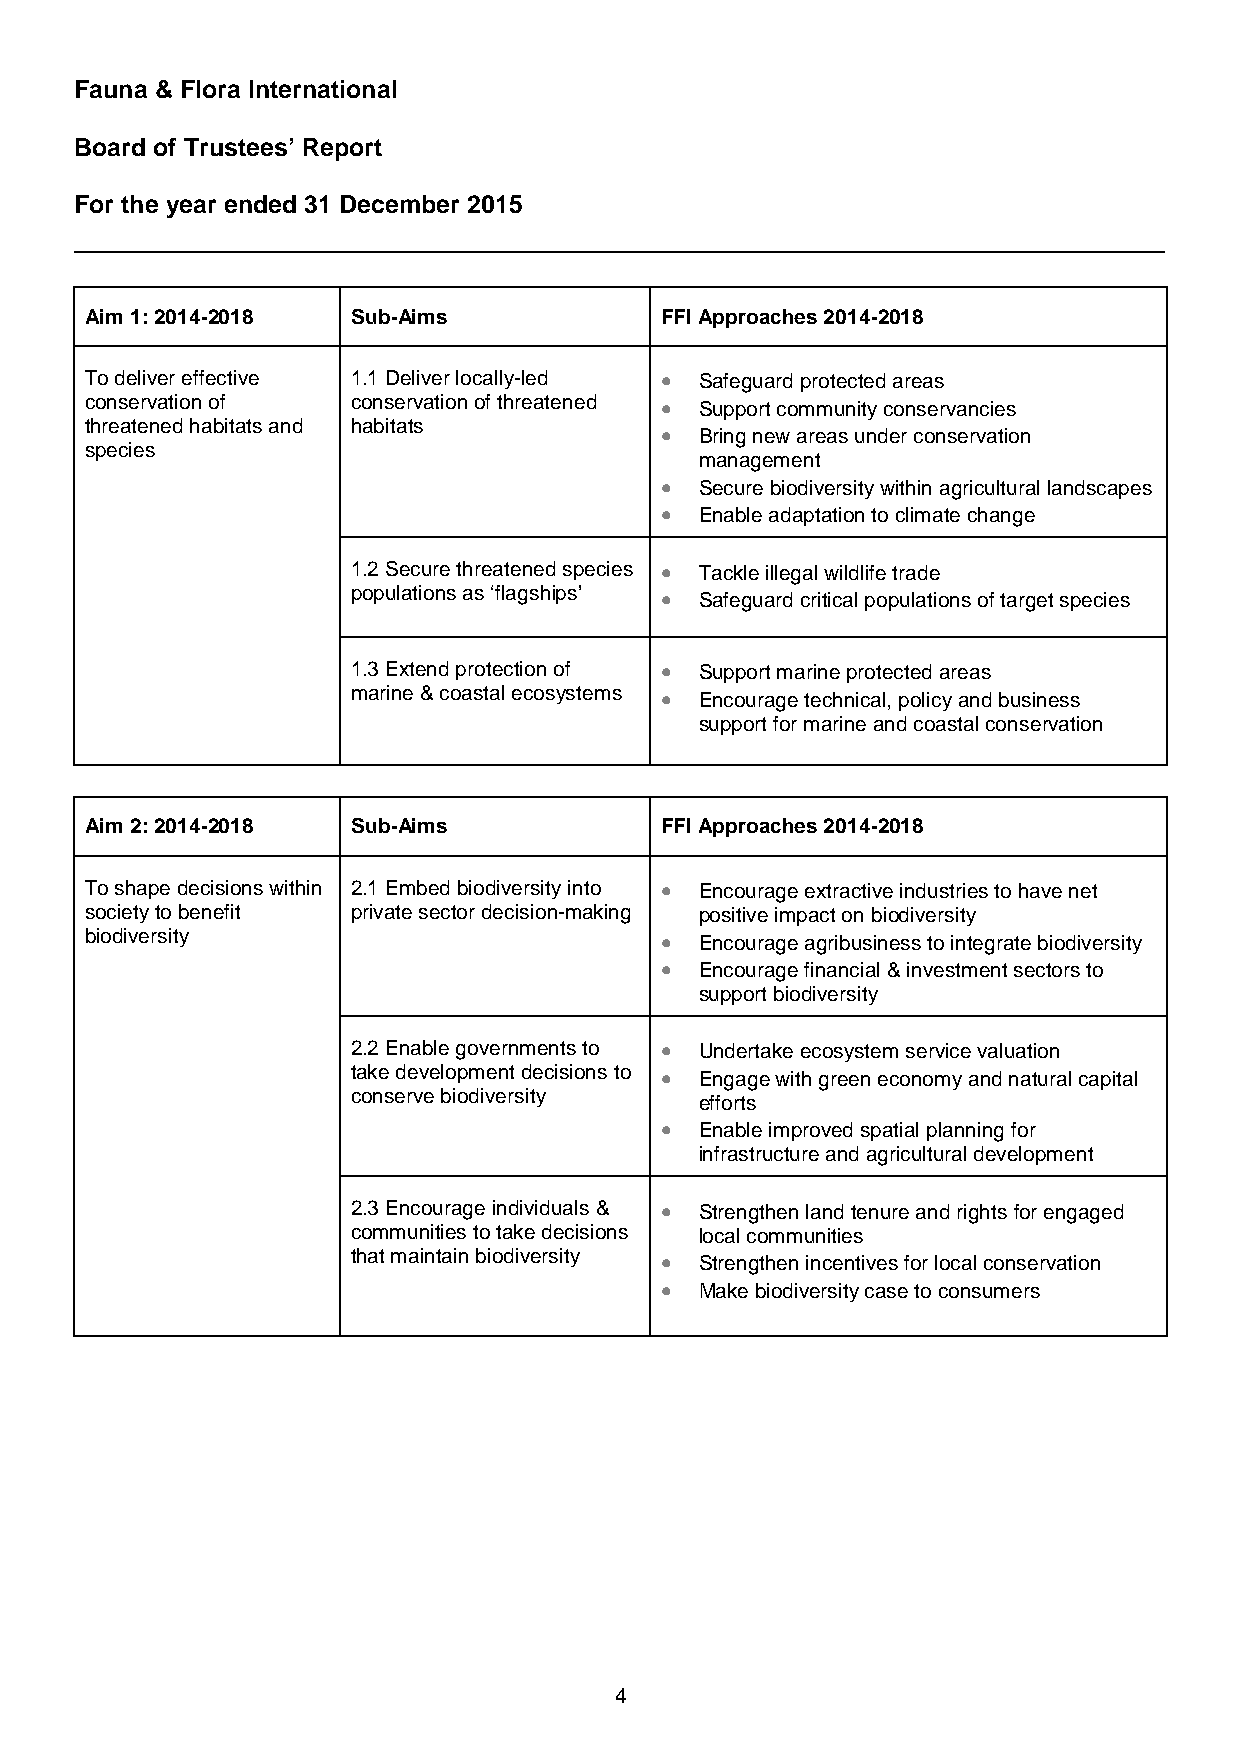
Fauna & Flora International
 Board of Trustees’ Report
 For the year ended 31 December 2015
 Aim 1: 2014-2018 Sub-Aims             FFI Approaches 2014-2018
 To deliver effective 1.1 Deliver locally-led • Safeguard protected areas
 conservation of  conservation of threatened • Support community conservancies
 threatened habitats and habitats
 • Bring new areas under conservation
 species
 management
 • Secure biodiversity within agricultural landscapes
 • Enable adaptation to climate change
 1.2 Secure threatened species • Tackle illegal wildlife trade
 populations as ‘flagships’ • Safeguard critical populations of target species
 1.3 Extend protection of • Support marine protected areas
 marine & coastal ecosystems • Encourage technical, policy and business
 support for marine and coastal conservation
 Aim 2: 2014-2018 Sub-Aims             FFI Approaches 2014-2018
 To shape decisions within 2.1 Embed biodiversity into • Encourage extractive industries to have net
 society to benefit private sector decision-making positive impact on biodiversity
 biodiversity                          • Encourage agribusiness to integrate biodiversity
 • Encourage financial & investment sectors to
 support biodiversity
 2.2 Enable governments to • Undertake ecosystem service valuation
 take development decisions to • Engage with green economy and natural capital
 conserve biodiversity
 efforts
 • Enable improved spatial planning for
 infrastructure and agricultural development
 2.3 Encourage individuals & • Strengthen land tenure and rights for engaged
 communities to take decisions local communities
 that maintain biodiversity • Strengthen incentives for local conservation
 • Make biodiversity case to consumers
 4